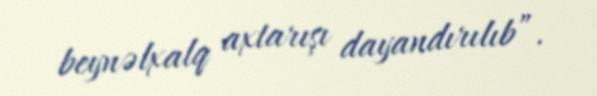
beynəlxalq axtarışı dayandırılıb”.